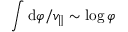
\int \mathrm { d } \varphi / v _ { \parallel } \sim \log \varphi